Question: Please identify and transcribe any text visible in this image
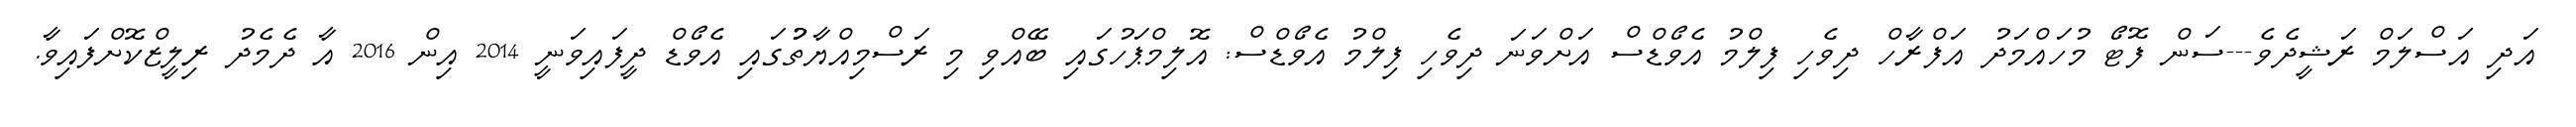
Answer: އަދި އަސްލަމް ރަޝީދެވެ---ސަން ފޮޓޯ މުހައްމަދު އަފްރާހް ދިވެހި ފިލްމު އެވޯޑްސް އަށްވަނަ ދިވެހި ފިލްމު އެވޯޑްސް: އޮލިމްޕަހުގައި ބޭއްވި މި ރަސްމިއްޔާތުުގައި އެވޯޑް ދީފައިވަނީ 2014 އިން 2016 އާ ދެމެދު ރިލީޒްކޮށްފައިވާ.